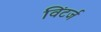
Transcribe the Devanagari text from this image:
विंटर्ज